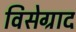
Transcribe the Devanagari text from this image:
विसेग्राद